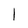
Character: l